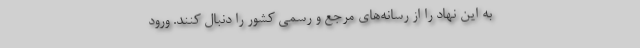
به این نهاد را از رسانه‌های مرجع و رسمی کشور را دنبال کنند. ورود